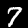
Digit: 7